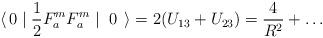
LaTeX: \begin{align*}\langle \, 0 \mid \frac{1}{2} F^m_a F^m_a \mid \; 0 \; \, \rangle = 2(U_{13} + U_{23}) = \frac{4}{R^2} + \ldots\end{align*}